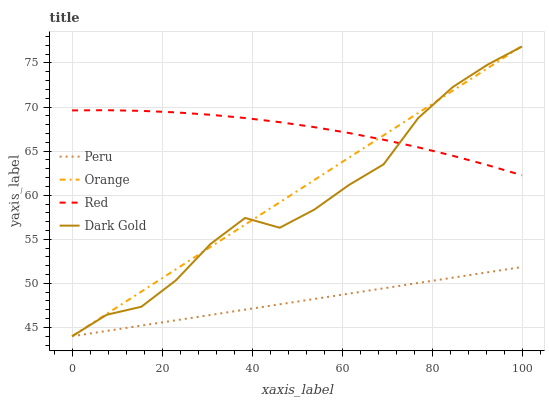
| xaxis_label | Peru | Orange | Red | Dark Gold |
 | --- | --- | --- | --- | --- |
 | 0 | 44 | 44 | 69.6 | 44 |
 | 7.69 | 44.6 | 46.5 | 69.6 | 46.4 |
 | 15.4 | 45.2 | 49.1 | 69.6 | 47.3 |
 | 23.1 | 45.8 | 51.6 | 69.4 | 50.3 |
 | 30.8 | 46.4 | 54.1 | 69.1 | 54.5 |
 | 38.5 | 47 | 56.7 | 68.8 | 57.4 |
 | 46.2 | 47.6 | 59.2 | 68.3 | 56.3 |
 | 53.8 | 48.2 | 61.7 | 67.7 | 58.4 |
 | 61.5 | 48.8 | 64.3 | 67.1 | 61.2 |
 | 69.2 | 49.4 | 66.8 | 66.3 | 63.5 |
 | 76.9 | 50 | 69.3 | 65.4 | 68.7 |
 | 84.6 | 50.6 | 71.9 | 64.5 | 72.3 |
 | 92.3 | 51.2 | 74.4 | 63.4 | 74.8 |
 | 100 | 51.9 | 76.9 | 62.3 | 76.9 |